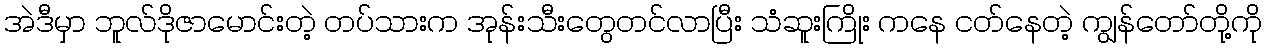
အဲဒီမှာ ဘူလ်ဒိုဇာမောင်းတဲ့ တပ်သားက အုန်းသီးတွေတင်လာပြီး သံဆူးကြိုး ကနေ ငတ်နေတဲ့ ကျွန်တော်တို့ကို